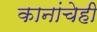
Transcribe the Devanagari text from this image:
कानांचेही